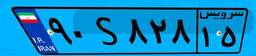
۵۶S۷۵۷۱۹